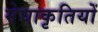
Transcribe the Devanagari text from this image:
मेघाकृतियों